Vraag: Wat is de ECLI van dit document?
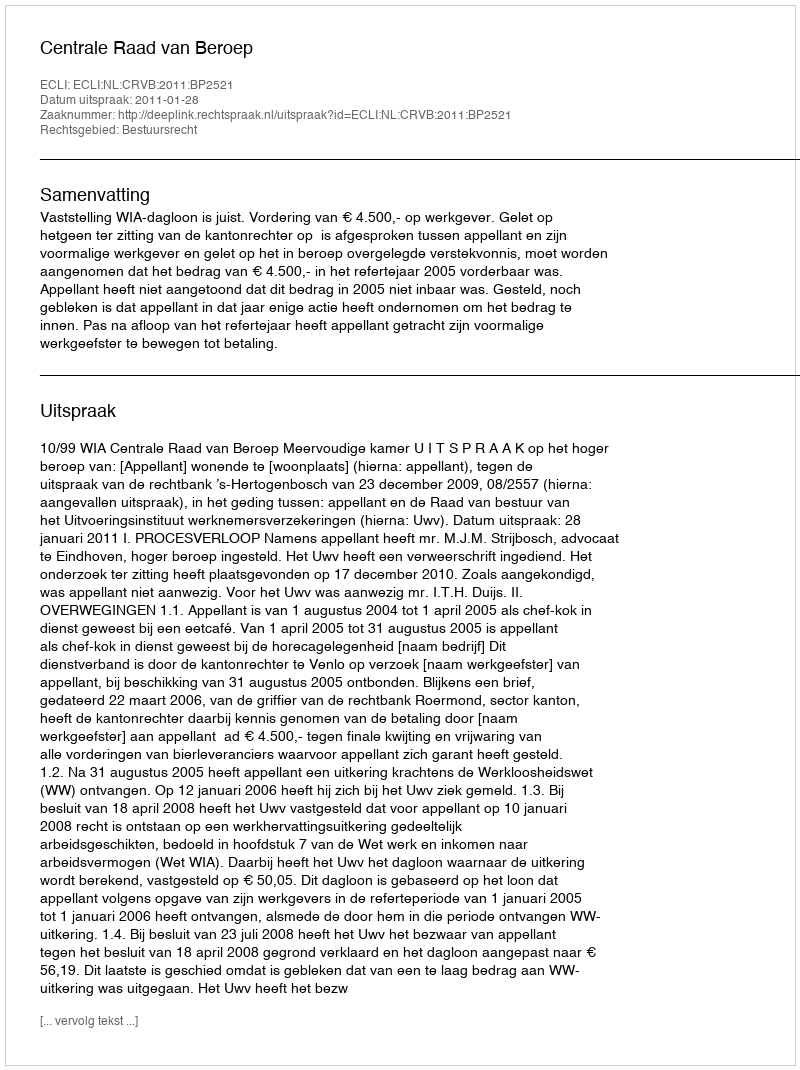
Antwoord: ECLI:NL:CRVB:2011:BP2521